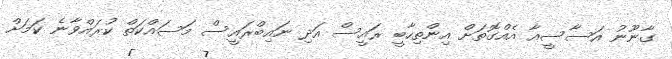
ގާނޫނު އަސާސީއާ އެއްގޮތަށް އިންތިހާބީ ރައީސް އަދި ނައިބްރައީސް މަސައްކަތް ކުރައްވާނެ ކަމަށް